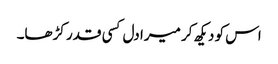
اس کو دیکھ کر میرا دل کسی قدر کڑھا۔